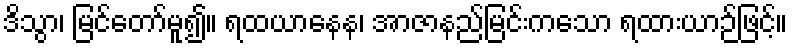
ဒိသွာ၊ မြင်တော်မူ၍။ ရထယာနေန၊ အာဇာနည်မြင်းကသော ရထားယာဉ်ဖြင့်။